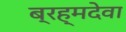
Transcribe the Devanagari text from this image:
ब्रह्मदेवा